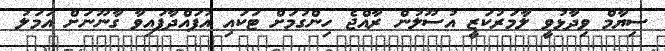
ސިޔާމް ވިދާޅުވީ ލާމަރުކަޒީ އުސޫލުން ރާއްޖެ ހިންގުމަށް ޓަކައި އުފައްދާފައިވާ ގާނޫނަށް އަމަލު